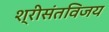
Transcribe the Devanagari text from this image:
श्रीसंतविजय